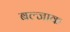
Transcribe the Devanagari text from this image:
बल्जाक